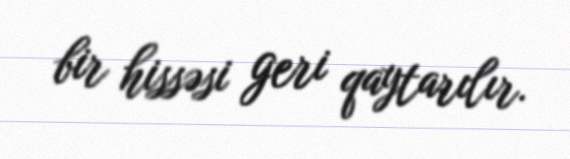
bir hissəsi geri qaytarılır.